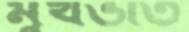
মুখভর্তি